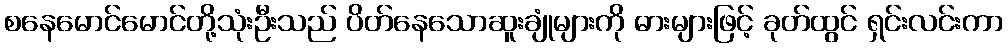
စနေမောင်မောင်တို့သုံးဦးသည် ပိတ်နေသောဆူးချုံများကို ဓားများဖြင့် ခုတ်ထွင် ရှင်းလင်းကာ